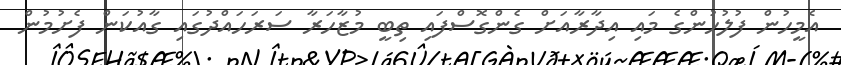
އެމީހުން ފުލުހުންގެ މައި އިދާރާއަށް ގެންގޮސްފައި ތިބީ މުޒާހަރާ ސަރަހައްދުގައި ގާއުކަން ފެށުމުން